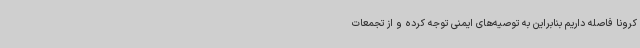
کرونا فاصله داریم بنابراین به توصیه‌های ایمنی توجه کرده و از تجمعات